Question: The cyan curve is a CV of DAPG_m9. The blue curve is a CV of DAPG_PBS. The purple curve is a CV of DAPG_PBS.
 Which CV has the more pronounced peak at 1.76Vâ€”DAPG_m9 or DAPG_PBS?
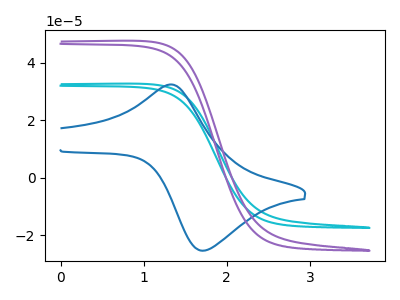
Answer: <think>The cyan curve "DAPG_m9" has no peaks. The blue curve "DAPG_PBS" has an anodic peak at (1.30V, 32.45uA) and a cathodic peak at (1.70V, -25.35uA). The purple curve "DAPG_PBS" has no peaks.</think>
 <answer>"DAPG_m9" and "DAPG_PBS" dont share a peak at 1.76V.</answer>
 <eval>mismatch</eval>